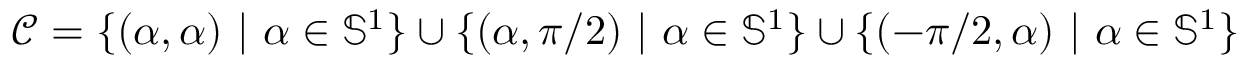
\mathcal { C } = \{ ( \alpha , \alpha ) \ | \ \alpha \in \mathbb { S } ^ { 1 } \} \cup \{ ( \alpha , \pi / 2 ) \ | \ \alpha \in \mathbb { S } ^ { 1 } \} \cup \{ ( - \pi / 2 , \alpha ) \ | \ \alpha \in \mathbb { S } ^ { 1 } \}